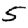
Digit: 5